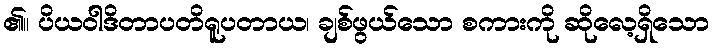
၏။ ပိယဝါဒိတာပတိရူပတာယ၊ ချစ်ဖွယ်သော စကားကို ဆိုလေ့ရှိသော